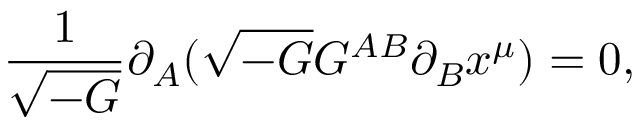
\frac { 1 } { \sqrt { - G } } \partial _ { A } ( \sqrt { - G } G ^ { A B } \partial _ { B } x ^ { \mu } ) = 0 ,